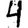
Digit: 4